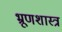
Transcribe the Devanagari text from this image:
भ्रूणशास्त्र